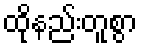
ထိုနည်းတူစွာ